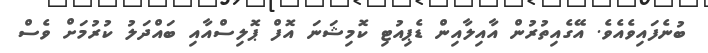
ބުނެފައިވެއެވެ. އޭގެއިތުރުން އާއިލާއިން ޑެޕިއުޓި ކޮމިޝަނަ އޮފް ޕޮލިސްއާއި ބައްދަލު ކުރުމަށް ވެސް